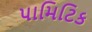
પામિટિક